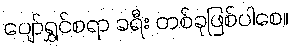
ပျော်ရွှင်စရာ ခရီး တစ်ခုဖြစ်ပါစေ။